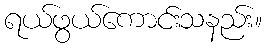
ရယ်ဖွယ်ကောင်းသနည်း။